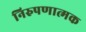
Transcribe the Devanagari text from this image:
निरुपणात्मक